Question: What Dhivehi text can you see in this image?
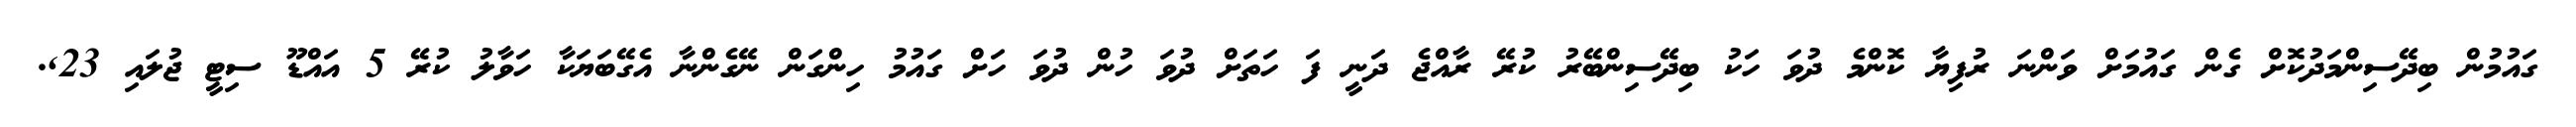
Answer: ގައުމުން ބިދޭސިންމަދުކޮށް ގެން ގައުމަށް ވަންނަ ރުފިޔާ ކޮންމެ ދުވަ ހަކު ބިދޭސިންބޭރު ކުރޭ ރާއްޖެ ދަނީ ފަ ހަތަށް ދުވަ ހުން ދުވަ ހަށް ގައުމު ހިންގަން ނޭގެންނާ އެގޭބަޔަކާ ހަވާލު ކުރޭ 5 އައްޑޫ ސިޓީ ޖުލައި 23,.